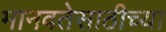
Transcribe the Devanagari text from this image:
मानवतेसाठीच्या